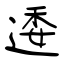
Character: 逶